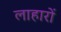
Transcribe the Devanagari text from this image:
लाहारों